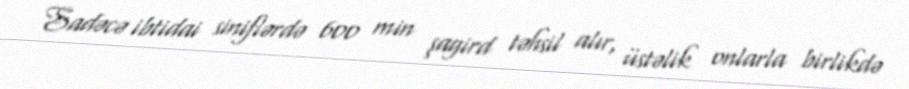
Sadəcə ibtidai siniflərdə 600 min şagird təhsil alır, üstəlik onlarla birlikdə